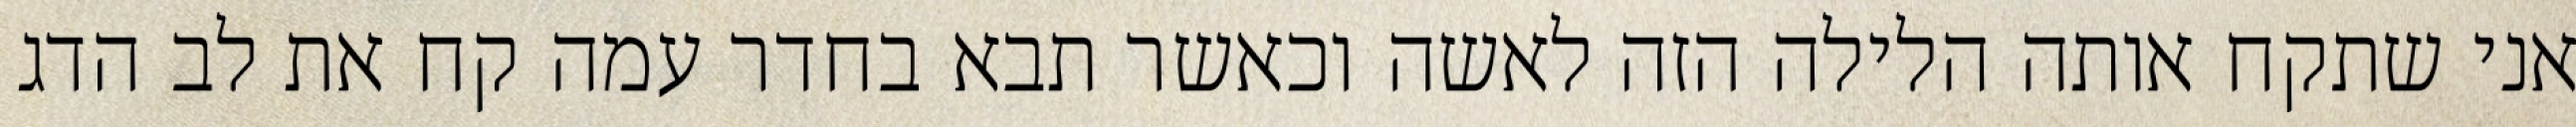
אני שתקח אותה הלילה הזה לאשה וכאשר תבא בחדר עמה קח את לב הדג